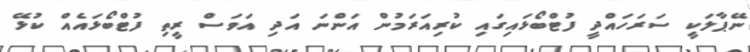
ނޭޕާލަކީ ސަރަހައްދީ ފުޓްބޯޅައިގައި ކުރިއަރަމުން އަންނަ އަދި އަވަސް ރީތި ފުޓްބޯޅައެއް ކުޅޭ